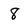
Character: 8